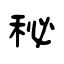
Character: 秘